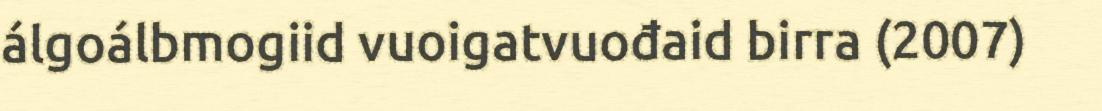
álgoálbmogiid vuoigatvuođaid birra (2007)